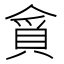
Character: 𮚃